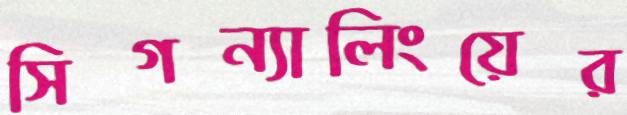
সিগন্যালিংয়ের